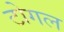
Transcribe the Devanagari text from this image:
टोगल